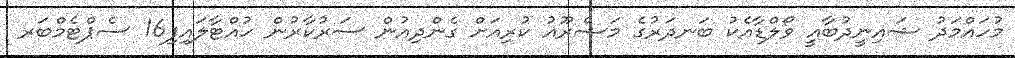
މުހައްމަދު ޝައިނީދުބާއީ ވޯލްޑާއެކު ބަނދަރުގެ މަޝްރޫއު ކުރިއަށް ގެންދިއުން ސަރުކާރުން ހުއްޓާލައިފި16 ސެޕްޓެމްބަރ